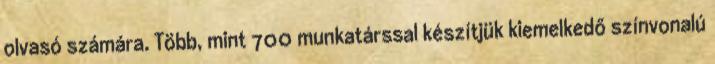
olvasó számára. Több, mint 700 munkatárssal készítjük kiemelkedő színvonalú